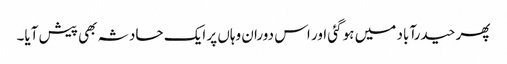
پھر حیدرآباد میں ہو گئی اور اس دوران وہاں پر ایک حادثہ بھی پیش آیا۔